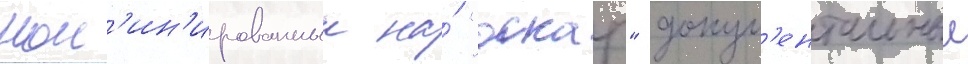
ном'ин'ированныи на́ "оскар" докум'ентальныи